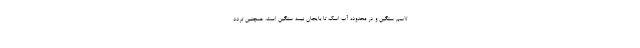
لاسم سنگین و در محدوده آب اسک تا بایجان نیمه سنگین است. همچنین تردد